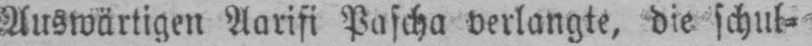
Auswärtigen Aarifi Pascha verlangte, die schul⸗